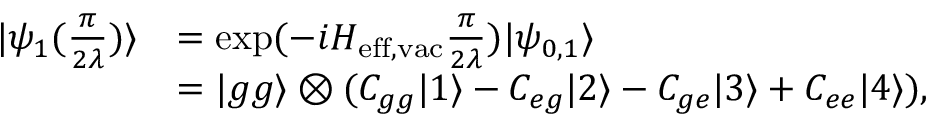
\begin{array} { r l } { | \psi _ { 1 } ( \frac { \pi } { 2 \lambda } ) \rangle } & { = \mathrm { e x p } ( - i H _ { \mathrm { e f f , v a c } } \frac { \pi } { 2 \lambda } ) | \psi _ { 0 , 1 } \rangle } \\ & { = | g g \rangle \otimes ( C _ { g g } | 1 \rangle - C _ { e g } | 2 \rangle - C _ { g e } | 3 \rangle + C _ { e e } | 4 \rangle ) , } \end{array}